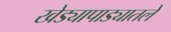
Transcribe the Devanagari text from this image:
खेड्यापाड्यातले